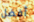
أفضل